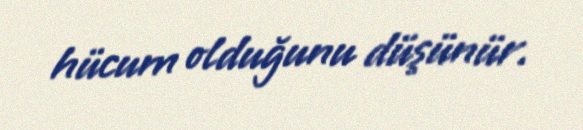
hücum olduğunu düşünür.